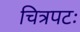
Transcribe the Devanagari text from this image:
चित्रपटः